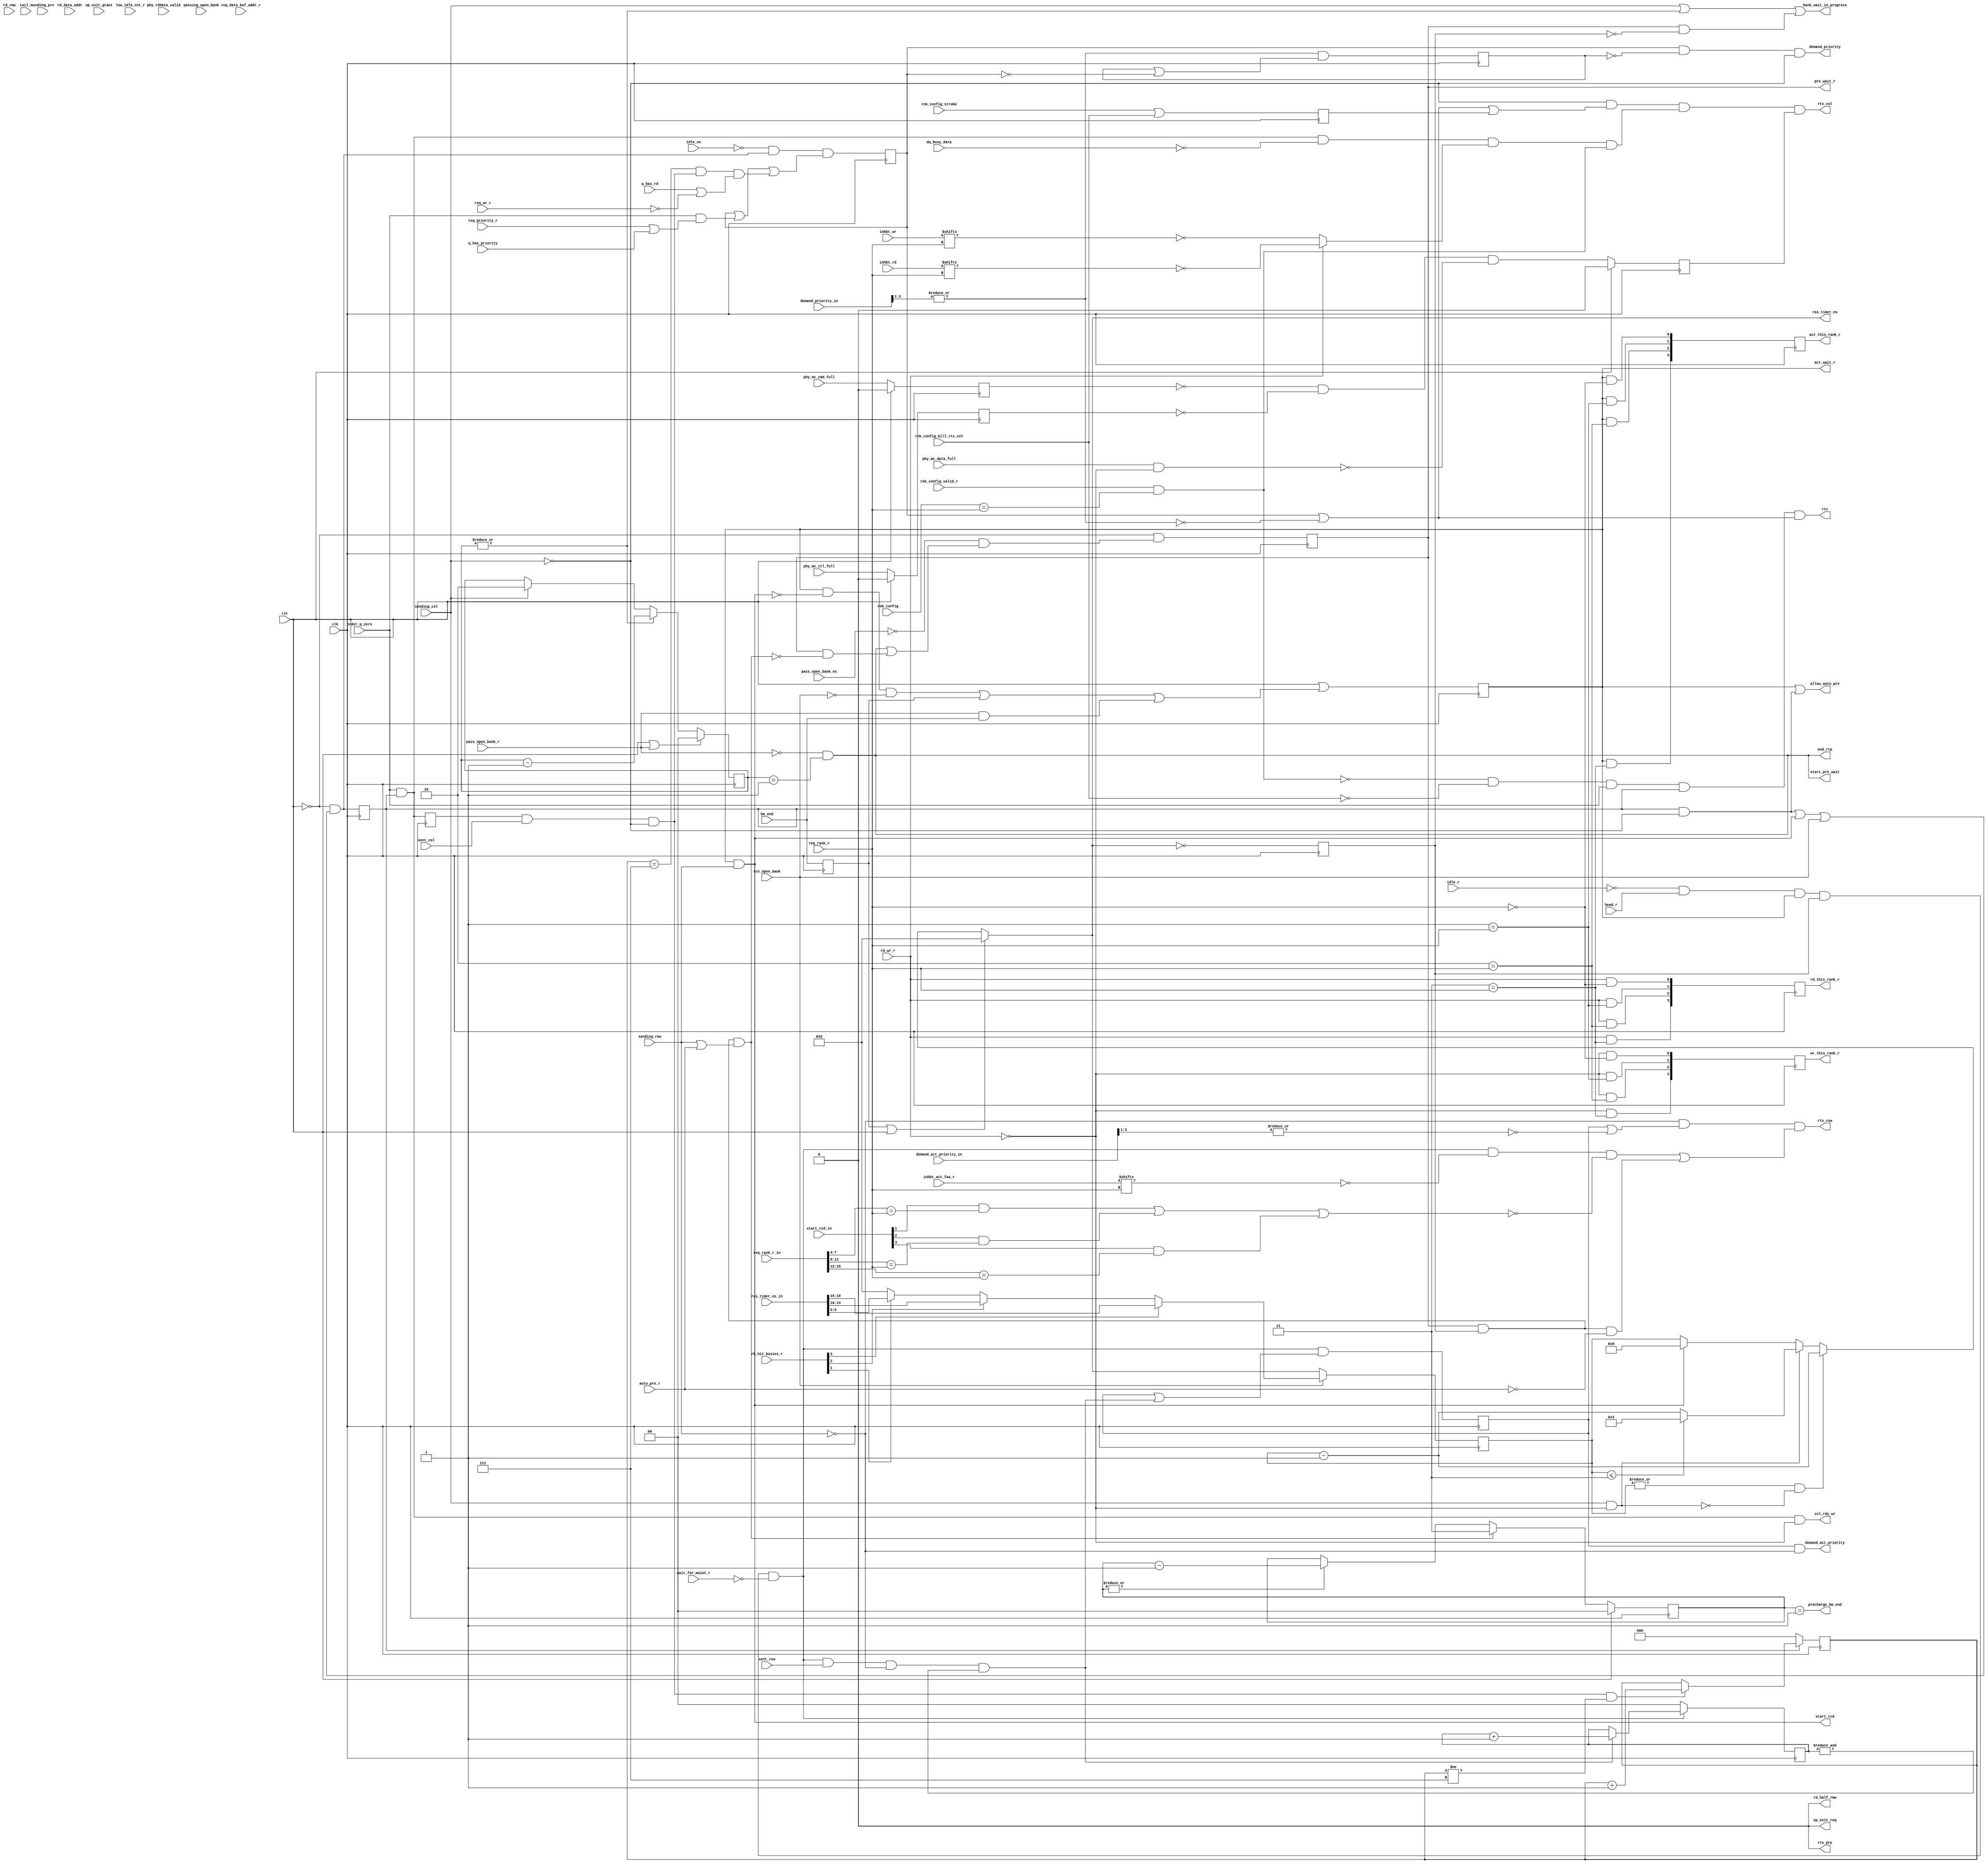
//*****************************************************************************
// (c) Copyright 2008 - 2013 Xilinx, Inc. All rights reserved.
//
// This file contains confidential and proprietary information
// of Xilinx, Inc. and is protected under U.S. and
// international copyright and other intellectual property
// laws.
//
// DISCLAIMER
// This disclaimer is not a license and does not grant any
// rights to the materials distributed herewith. Except as
// otherwise provided in a valid license issued to you by
// Xilinx, and to the maximum extent permitted by applicable
// law: (1) THESE MATERIALS ARE MADE AVAILABLE "AS IS" AND
// WITH ALL FAULTS, AND XILINX HEREBY DISCLAIMS ALL WARRANTIES
// AND CONDITIONS, EXPRESS, IMPLIED, OR STATUTORY, INCLUDING
// BUT NOT LIMITED TO WARRANTIES OF MERCHANTABILITY, NON-
// INFRINGEMENT, OR FITNESS FOR ANY PARTICULAR PURPOSE; and
// (2) Xilinx shall not be liable (whether in contract or tort,
// including negligence, or under any other theory of
// liability) for any loss or damage of any kind or nature
// related to, arising under or in connection with these
// materials, including for any direct, or any indirect,
// special, incidental, or consequential loss or damage
// (including loss of data, profits, goodwill, or any type of
// loss or damage suffered as a result of any action brought
// by a third party) even if such damage or loss was
// reasonably foreseeable or Xilinx had been advised of the
// possibility of the same.
//
// CRITICAL APPLICATIONS
// Xilinx products are not designed or intended to be fail-
// safe, or for use in any application requiring fail-safe
// performance, such as life-support or safety devices or
// systems, Class III medical devices, nuclear facilities,
// applications related to the deployment of airbags, or any
// other applications that could lead to death, personal
// injury, or severe property or environmental damage
// (individually and collectively, "Critical
// Applications"). Customer assumes the sole risk and
// liability of any use of Xilinx products in Critical
// Applications, subject only to applicable laws and
// regulations governing limitations on product liability.
//
// THIS COPYRIGHT NOTICE AND DISCLAIMER MUST BE RETAINED AS
// PART OF THIS FILE AT ALL TIMES.
//
//*****************************************************************************
//   ____  ____
//  /   /\/   /
// /___/  \  /    Vendor                : Xilinx
// \   \   \/     Version               : %version
//  \   \         Application           : MIG
//  /   /         Filename              : bank_state.v
// /___/   /\     Date Last Modified    : $date$
// \   \  /  \    Date Created          : Tue Jun 30 2009
//  \___\/\___\
//
//Device            : 7-Series
//Design Name       : DDR3 SDRAM
//Purpose           :
//Reference         :
//Revision History  :
//*****************************************************************************


// Primary bank state machine.  All bank specific timing is generated here.
//
// Conceptually, when a bank machine is assigned a request, conflicts are
// checked.  If there is a conflict, then the new request is added
// to the queue for that rank-bank.
//
// Eventually, that request will find itself at the head of the queue for
// its rank-bank.  Forthwith, the bank machine will begin arbitration to send an
// activate command to the DRAM.  Once arbitration is successful and the
// activate is sent, the row state machine waits the RCD delay.  The RAS
// counter is also started when the activate is sent.
//
// Upon completion of the RCD delay, the bank state machine will begin
// arbitration for sending out the column command.  Once the column
// command has been sent, the bank state machine waits the RTP latency, and
// if the command is a write, the RAS counter is loaded with the WR latency.
//
// When the RTP counter reaches zero, the pre charge wait state is entered.
// Once the RAS timer reaches zero, arbitration to send a precharge command
// begins.
//
// Upon successful transmission of the precharge command, the bank state
// machine waits the precharge period and then rejoins the idle list.
//
// For an open rank-bank hit, a bank machine passes management of the rank-bank to
// a bank machine that is managing the subsequent request to the same page.  A bank
// machine can either be a "passer" or a "passee" in this handoff.  There
// are two conditions that have to occur before an open bank can be passed.
// A spatial condition, ie same rank-bank and row address.  And a temporal condition,
// ie the passee has completed it work with the bank, but has not issued a precharge.
//
// The spatial condition is signalled by pass_open_bank_ns.  The temporal condition
// is when the column command is issued, or when the bank_wait_in_progress
// signal is true.  Bank_wait_in_progress is true when the RTP timer is not
// zero, or when the RAS/WR timer is not zero and the state machine is waiting
// to send out a precharge command.
//
// On an open bank pass, the passer transitions from the temporal condition
// noted above and performs the end of request processing and eventually lands
// in the act_wait_r state.
//
// On an open bank pass, the passee lands in the col_wait_r state and waits
// for its chance to send out a column command.
//
// Since there is a single data bus shared by all columns in all ranks, there
// is a single column machine.  The column machine is primarily in charge of
// managing the timing on the DQ data bus.  It reserves states for data transfer,
// driver turnaround states, and preambles.  It also has the ability to add
// additional programmable delay for read to write changeovers.  This read to write
// delay is generated in the column machine which inhibits writes via the
// inhbt_wr signal.
//
// There is a rank machine for every rank.  The rank machines are responsible
// for enforcing rank specific timing such as FAW, and WTR.  RRD is guaranteed
// in the bank machine since it is closely coupled to the operation of the
// bank machine and is timing critical.
//
// Since a bank machine can be working on a request for any rank, all rank machines
// inhibits are input to all bank machines.  Based on the rank of the current
// request, each bank machine selects the rank information corresponding
// to the rank of its current request.
//
// Since driver turnaround states and WTR delays are so severe with DDRIII, the
// memory interface has the ability to promote requests that use the same
// driver as the most recent request.  There is logic in this block that
// detects when the driver for its request is the same as the driver for
// the most recent request.  In such a case, this block will send out special
// "same" request early enough to eliminate dead states when there is no
// driver changeover.


`timescale 1ps/1ps
`define BM_SHARED_BV (ID+nBANK_MACHS-1):(ID+1)

module mig_7series_v4_2_bank_state #
  (
   parameter TCQ = 100,
   parameter ADDR_CMD_MODE            = "1T",
   parameter BM_CNT_WIDTH             = 2,
   parameter BURST_MODE               = "8",
   parameter CWL                      = 5,
   parameter DATA_BUF_ADDR_WIDTH      = 8,
   parameter DRAM_TYPE                = "DDR3",
   parameter ECC                      = "OFF",
   parameter ID                       = 0,
   parameter nBANK_MACHS              = 4,
   parameter nCK_PER_CLK              = 2,
   parameter nOP_WAIT                 = 0,
   parameter nRAS_CLKS                = 10,
   parameter nRP                      = 10,
   parameter nRTP                     = 4,
   parameter nRCD                     = 5,
   parameter nWTP_CLKS                = 5,
   parameter ORDERING                 = "NORM",
   parameter RANKS                    = 4,
   parameter RANK_WIDTH               = 4,
   parameter RAS_TIMER_WIDTH          = 5,
   parameter STARVE_LIMIT             = 2
  )
  (/*AUTOARG*/
  // Outputs
  start_rcd, act_wait_r, rd_half_rmw, ras_timer_ns, end_rtp,
  bank_wait_in_progress, start_pre_wait, op_exit_req, pre_wait_r,
  allow_auto_pre, precharge_bm_end, demand_act_priority, rts_row,
  act_this_rank_r, demand_priority, col_rdy_wr, rts_col, wr_this_rank_r,
  rd_this_rank_r, rts_pre, rtc,
  // Inputs
  clk, rst, bm_end, pass_open_bank_r, sending_row, sending_pre, rcv_open_bank,
  sending_col, rd_wr_r, req_wr_r, rd_data_addr, req_data_buf_addr_r,
  phy_rddata_valid, rd_rmw, ras_timer_ns_in, rb_hit_busies_r, idle_r,
  passing_open_bank, low_idle_cnt_r, op_exit_grant, tail_r,
  auto_pre_r, pass_open_bank_ns, req_rank_r, req_rank_r_in,
  start_rcd_in, inhbt_act_faw_r, wait_for_maint_r, head_r, sent_row,
  demand_act_priority_in, order_q_zero, sent_col, q_has_rd,
  q_has_priority, req_priority_r, idle_ns, demand_priority_in, inhbt_rd,
  inhbt_wr, dq_busy_data, rnk_config_strobe, rnk_config_valid_r, rnk_config,
  rnk_config_kill_rts_col, phy_mc_cmd_full, phy_mc_ctl_full, phy_mc_data_full
  );

  function integer clogb2 (input integer size); // ceiling logb2
    begin
      size = size - 1;
      for (clogb2=1; size>1; clogb2=clogb2+1)
            size = size >> 1;
    end
  endfunction // clogb2

  input clk;
  input rst;

// Activate wait state machine.
  input bm_end;
  reg bm_end_r1;
  always @(posedge clk) bm_end_r1 <= #TCQ bm_end;

  reg col_wait_r;

  input pass_open_bank_r;
  input sending_row;
  reg act_wait_r_lcl;
  input rcv_open_bank;
  wire start_rcd_lcl = act_wait_r_lcl && sending_row;
  output wire start_rcd;
  assign start_rcd = start_rcd_lcl;
  wire act_wait_ns = rst ||
                     ((act_wait_r_lcl && ~start_rcd_lcl && ~rcv_open_bank) ||
                      bm_end_r1 || (pass_open_bank_r && bm_end));
  always @(posedge clk) act_wait_r_lcl <= #TCQ act_wait_ns;
  output wire act_wait_r;
  assign act_wait_r = act_wait_r_lcl;

// RCD timer
//
// When CWL is even, CAS commands are issued on slot 0 and RAS commands are
// issued on slot 1. This implies that the RCD can never expire in the same
// cycle as the RAS (otherwise the CAS for a given transaction would precede
// the RAS). Similarly, this can also cause premature expiration for longer
// RCD. An offset must be added to RCD before translating it to the FPGA clock
// domain. In this mode, CAS are on the first DRAM clock cycle corresponding to
// a given FPGA cycle. In 2:1 mode add 2 to generate this offset aligned to
// the FPGA cycle. Likewise, add 4 to generate an aligned offset in 4:1 mode.
// 
// When CWL is odd, RAS commands are issued on slot 0 and CAS commands are
// issued on slot 1. There is a natural 1 cycle seperation between RAS and CAS
// in the DRAM clock domain so the RCD can expire in the same FPGA cycle as the
// RAS command. In 2:1 mode, there are only 2 slots so direct translation
// correctly places the CAS with respect to the corresponding RAS. In 4:1 mode,
// there are two slots after CAS, so 2 is added to shift the timer into the
// next FPGA cycle for cases that can't expire in the current cycle.
//
// In 2T mode, the offset from ROW to COL commands is fixed at 2. In 2:1 mode,
// It is sufficient to translate to the half-rate domain and add the remainder.
// In 4:1 mode, we must translate to the quarter-rate domain and add an
// additional fabric cycle only if the remainder exceeds the fixed offset of 2

  localparam nRCD_CLKS =
    nCK_PER_CLK == 1 ?
      nRCD :
    nCK_PER_CLK == 2 ?
      ADDR_CMD_MODE == "2T" ?
        (nRCD/2) + (nRCD%2) :
          CWL % 2 ?
            (nRCD/2) :
            (nRCD+2) / 2 :
//  (nCK_PER_CLK == 4)
      ADDR_CMD_MODE == "2T" ? 
        (nRCD/4) + (nRCD%4 > 2 ? 1 : 0) :
        CWL % 2 ?
          (nRCD-2 ? (nRCD-2) / 4 + 1 : 1) :
          nRCD/4 + 1;

  localparam nRCD_CLKS_M2 = (nRCD_CLKS-2 <0) ? 0 : nRCD_CLKS-2;
  localparam RCD_TIMER_WIDTH = clogb2(nRCD_CLKS_M2+1);
  localparam ZERO = 0;
  localparam ONE = 1;
  reg [RCD_TIMER_WIDTH-1:0] rcd_timer_r = {RCD_TIMER_WIDTH{1'b0}};
  reg end_rcd;
  reg rcd_active_r = 1'b0;

  generate
    if (nRCD_CLKS <= 2) begin : rcd_timer_leq_2
      always @(/*AS*/start_rcd_lcl) end_rcd = start_rcd_lcl;
    end
    else if (nRCD_CLKS > 2) begin : rcd_timer_gt_2
      reg [RCD_TIMER_WIDTH-1:0] rcd_timer_ns;
      always @(/*AS*/rcd_timer_r or rst or start_rcd_lcl) begin
        if (rst) rcd_timer_ns = ZERO[RCD_TIMER_WIDTH-1:0];
        else begin
          rcd_timer_ns = rcd_timer_r;
          if (start_rcd_lcl) rcd_timer_ns = nRCD_CLKS_M2[RCD_TIMER_WIDTH-1:0];
          else if (|rcd_timer_r) rcd_timer_ns =
                                   rcd_timer_r - ONE[RCD_TIMER_WIDTH-1:0];
        end
      end
      always @(posedge clk) rcd_timer_r <= #TCQ rcd_timer_ns;
      wire end_rcd_ns = (rcd_timer_ns == ONE[RCD_TIMER_WIDTH-1:0]);
      always @(posedge clk) end_rcd = end_rcd_ns;
      wire rcd_active_ns = |rcd_timer_ns;
      always @(posedge clk) rcd_active_r <= #TCQ rcd_active_ns;
    end
  endgenerate

// Figure out if the read that's completing is for an RMW for
// this bank machine.  Delay by a state if CWL != 8 since the
// data is not ready in the RMW buffer for the early write
// data fetch that happens with ECC and CWL != 8.
// Create a state bit indicating we're waiting for the read
// half of the rmw to complete.
  input sending_col;
  input rd_wr_r;
  input req_wr_r;
  input [DATA_BUF_ADDR_WIDTH-1:0] rd_data_addr;
  input [DATA_BUF_ADDR_WIDTH-1:0] req_data_buf_addr_r;
  input phy_rddata_valid;
  input rd_rmw;
  reg rmw_rd_done = 1'b0;
  reg rd_half_rmw_lcl = 1'b0;
  output wire rd_half_rmw;
  assign rd_half_rmw = rd_half_rmw_lcl;
  reg rmw_wait_r = 1'b0;
  generate
    if (ECC != "OFF") begin : rmw_on
// Delay phy_rddata_valid and rd_rmw by one cycle to align them
// to req_data_buf_addr_r so that rmw_wait_r clears properly
      reg phy_rddata_valid_r;
      reg rd_rmw_r;
      always @(posedge clk) begin
        phy_rddata_valid_r <= #TCQ phy_rddata_valid;
        rd_rmw_r <= #TCQ rd_rmw;
      end   
      wire my_rmw_rd_ns = phy_rddata_valid_r && rd_rmw_r && 
                            (rd_data_addr == req_data_buf_addr_r); 
      if (CWL == 8) always @(my_rmw_rd_ns) rmw_rd_done = my_rmw_rd_ns;
      else always @(posedge clk) rmw_rd_done = #TCQ my_rmw_rd_ns;
      always @(/*AS*/rd_wr_r or req_wr_r) rd_half_rmw_lcl = req_wr_r && rd_wr_r;
      wire rmw_wait_ns = ~rst && 
             ((rmw_wait_r && ~rmw_rd_done) || (rd_half_rmw_lcl && sending_col));
      always @(posedge clk) rmw_wait_r <= #TCQ rmw_wait_ns;
    end
  endgenerate

// column wait state machine.
  wire col_wait_ns = ~rst && ((col_wait_r && ~sending_col) || end_rcd
                            || rcv_open_bank || (rmw_rd_done && rmw_wait_r));
  always @(posedge clk) col_wait_r <= #TCQ col_wait_ns;

// Set up various RAS timer parameters, wires, etc.

  localparam TWO = 2;
  output reg [RAS_TIMER_WIDTH-1:0] ras_timer_ns;
  reg [RAS_TIMER_WIDTH-1:0] ras_timer_r;
  input [(2*(RAS_TIMER_WIDTH*nBANK_MACHS))-1:0] ras_timer_ns_in;
  input [(nBANK_MACHS*2)-1:0] rb_hit_busies_r;

// On a bank pass, select the RAS timer from the passing bank machine.
  reg [RAS_TIMER_WIDTH-1:0] passed_ras_timer;
  integer i;
  always @(/*AS*/ras_timer_ns_in or rb_hit_busies_r) begin
    passed_ras_timer = {RAS_TIMER_WIDTH{1'b0}};
    for (i=ID+1; i<(ID+nBANK_MACHS); i=i+1)
      if (rb_hit_busies_r[i])
        passed_ras_timer = ras_timer_ns_in[i*RAS_TIMER_WIDTH+:RAS_TIMER_WIDTH];
  end

// RAS and (reused for) WTP timer.  When an open bank is passed, this
// timer is passed to the new owner.  The existing RAS prevents
// an activate from occuring too early.


  wire start_wtp_timer = sending_col && ~rd_wr_r;
  input idle_r;

  always @(/*AS*/bm_end_r1 or ras_timer_r or rst or start_rcd_lcl
           or start_wtp_timer) begin
    if (bm_end_r1 || rst) ras_timer_ns = ZERO[RAS_TIMER_WIDTH-1:0];
    else begin
      ras_timer_ns = ras_timer_r;
      if (start_rcd_lcl) ras_timer_ns =
           nRAS_CLKS[RAS_TIMER_WIDTH-1:0] - TWO[RAS_TIMER_WIDTH-1:0];
      if (start_wtp_timer) ras_timer_ns =
            // As the timer is being reused, it is essential to compare
            // before new value is loaded.
           (ras_timer_r <= (nWTP_CLKS-2)) ? nWTP_CLKS[RAS_TIMER_WIDTH-1:0] - TWO[RAS_TIMER_WIDTH-1:0]
                                          : ras_timer_r - ONE[RAS_TIMER_WIDTH-1:0];
      if (|ras_timer_r && ~start_wtp_timer) ras_timer_ns =
           ras_timer_r - ONE[RAS_TIMER_WIDTH-1:0];
    end
  end // always @ (...

  wire [RAS_TIMER_WIDTH-1:0] ras_timer_passed_ns = rcv_open_bank
                                                     ? passed_ras_timer
                                                     : ras_timer_ns;
  always @(posedge clk) ras_timer_r <= #TCQ ras_timer_passed_ns;

  wire ras_timer_zero_ns = (ras_timer_ns == ZERO[RAS_TIMER_WIDTH-1:0]);
  reg ras_timer_zero_r;
  always @(posedge clk) ras_timer_zero_r <= #TCQ ras_timer_zero_ns;

// RTP timer. Unless 2T mode, add one for 2:1 mode. This accounts for loss of
// one DRAM CK due to column command to row command fixed offset. In 2T mode,
// Add the remainder. In 4:1 mode, the fixed offset is -2. Add 2 unless in 2T
// mode, in which case we add 1 if the remainder exceeds the fixed offset.
  localparam nRTP_CLKS = (nCK_PER_CLK == 1)
                            ? nRTP :
                         (nCK_PER_CLK == 2)
                            ? (nRTP/2) + ((ADDR_CMD_MODE == "2T") ? nRTP%2 : 1) :
                              (nRTP/4) + ((ADDR_CMD_MODE == "2T") ? (nRTP%4 > 2 ? 2 : 1) : 2);
  localparam nRTP_CLKS_M1 = ((nRTP_CLKS-1) <= 0) ? 0 : nRTP_CLKS-1;
  localparam RTP_TIMER_WIDTH = clogb2(nRTP_CLKS_M1 + 1);
  reg [RTP_TIMER_WIDTH-1:0] rtp_timer_ns;
  reg [RTP_TIMER_WIDTH-1:0] rtp_timer_r;
  wire sending_col_not_rmw_rd = sending_col && ~rd_half_rmw_lcl;
  always @(/*AS*/pass_open_bank_r or rst or rtp_timer_r
           or sending_col_not_rmw_rd) begin
    rtp_timer_ns = rtp_timer_r;
    if (rst || pass_open_bank_r)
      rtp_timer_ns = ZERO[RTP_TIMER_WIDTH-1:0];
    else begin
      if (sending_col_not_rmw_rd) 
         rtp_timer_ns = nRTP_CLKS_M1[RTP_TIMER_WIDTH-1:0];
      if (|rtp_timer_r) rtp_timer_ns = rtp_timer_r - ONE[RTP_TIMER_WIDTH-1:0];
    end
  end
  always @(posedge clk) rtp_timer_r <= #TCQ rtp_timer_ns;

  wire end_rtp_lcl =   ~pass_open_bank_r &&
                       ((rtp_timer_r == ONE[RTP_TIMER_WIDTH-1:0]) ||
                       ((nRTP_CLKS_M1 == 0) && sending_col_not_rmw_rd));
  output wire end_rtp;
  assign end_rtp = end_rtp_lcl;

// Optionally implement open page mode timer.
  localparam OP_WIDTH = clogb2(nOP_WAIT + 1);
  output wire bank_wait_in_progress;
  output wire start_pre_wait;
  input passing_open_bank;
  input low_idle_cnt_r;
  output wire op_exit_req;
  input op_exit_grant;
  input tail_r;
  output reg pre_wait_r;

  generate
    if (nOP_WAIT == 0) begin : op_mode_disabled
      assign bank_wait_in_progress = sending_col_not_rmw_rd || |rtp_timer_r ||
                                     (pre_wait_r && ~ras_timer_zero_r);
      assign start_pre_wait = end_rtp_lcl;
      assign op_exit_req = 1'b0;
    end
    else begin : op_mode_enabled
      reg op_wait_r;
      assign bank_wait_in_progress = sending_col || |rtp_timer_r ||
                                     (pre_wait_r && ~ras_timer_zero_r) ||
                                     op_wait_r;
      wire op_active = ~rst && ~passing_open_bank && ((end_rtp_lcl && tail_r)
                                || op_wait_r);
      wire op_wait_ns = ~op_exit_grant && op_active;
      always @(posedge clk) op_wait_r <= #TCQ op_wait_ns;
      assign start_pre_wait = op_exit_grant ||
                              (end_rtp_lcl && ~tail_r && ~passing_open_bank);
      if (nOP_WAIT == -1)
        assign op_exit_req = (low_idle_cnt_r && op_active);
      else begin : op_cnt
        reg [OP_WIDTH-1:0] op_cnt_r;
        wire [OP_WIDTH-1:0] op_cnt_ns =
                                   (passing_open_bank || op_exit_grant || rst)
                                       ? ZERO[OP_WIDTH-1:0]
                                       : end_rtp_lcl
                                         ? nOP_WAIT[OP_WIDTH-1:0]
                                         : |op_cnt_r
                                            ? op_cnt_r - ONE[OP_WIDTH-1:0]
                                            : op_cnt_r;
        always @(posedge clk) op_cnt_r <= #TCQ op_cnt_ns;
        assign op_exit_req = (low_idle_cnt_r && op_active) ||
                             (op_wait_r && ~|op_cnt_r);
      end
    end
  endgenerate

  output allow_auto_pre;
  wire allow_auto_pre = act_wait_r_lcl || rcd_active_r ||
                        (col_wait_r && ~sending_col);

// precharge wait state machine.
  input auto_pre_r;
  wire start_pre;
  input pass_open_bank_ns;
  wire pre_wait_ns = ~rst && (~pass_open_bank_ns &&
                     (start_pre_wait || (pre_wait_r && ~start_pre)));
  always @(posedge clk) pre_wait_r <= #TCQ pre_wait_ns;
  wire pre_request = pre_wait_r && ras_timer_zero_r && ~auto_pre_r;

// precharge timer.
  localparam nRP_CLKS = (nCK_PER_CLK == 1) ? nRP : 
                        (nCK_PER_CLK == 2) ? ((nRP/2) + (nRP%2)) : 
                      /*(nCK_PER_CLK == 4)*/ ((nRP/4) + ((nRP%4) ? 1 : 0));

// Subtract two because there are a minimum of two fabric states from
// end of RP timer until earliest possible arb to send act.
  localparam nRP_CLKS_M2 = (nRP_CLKS-2 < 0) ? 0 : nRP_CLKS-2;
  localparam RP_TIMER_WIDTH = clogb2(nRP_CLKS_M2 + 1);
  
  input sending_pre;
  output rts_pre;
  
  generate
  
    if((nCK_PER_CLK == 4) && (ADDR_CMD_MODE != "2T")) begin
    
      assign start_pre =  pre_wait_r && ras_timer_zero_r &&
                          (sending_pre || auto_pre_r);
      
      assign rts_pre = ~sending_pre && pre_request;
    
    end
    
    else begin
    
      assign start_pre =  pre_wait_r && ras_timer_zero_r &&
                          (sending_row || auto_pre_r);
                          
      assign rts_pre = 1'b0;
      
    end

  endgenerate

  reg [RP_TIMER_WIDTH-1:0] rp_timer_r = ZERO[RP_TIMER_WIDTH-1:0];

  generate
    if (nRP_CLKS_M2 > ZERO) begin : rp_timer
      reg [RP_TIMER_WIDTH-1:0] rp_timer_ns;
      always @(/*AS*/rp_timer_r or rst or start_pre)
        if (rst) rp_timer_ns = ZERO[RP_TIMER_WIDTH-1:0];
        else begin
          rp_timer_ns = rp_timer_r;
          if (start_pre) rp_timer_ns = nRP_CLKS_M2[RP_TIMER_WIDTH-1:0];
          else if (|rp_timer_r) rp_timer_ns =
                                  rp_timer_r - ONE[RP_TIMER_WIDTH-1:0];
        end
      always @(posedge clk) rp_timer_r <= #TCQ rp_timer_ns;
    end // block: rp_timer
  endgenerate

  output wire precharge_bm_end;
  assign precharge_bm_end = (rp_timer_r == ONE[RP_TIMER_WIDTH-1:0]) ||
                            (start_pre && (nRP_CLKS_M2 == ZERO));

// Compute RRD related activate inhibit.
// Compare this bank machine's rank with others, then
// select result based on grant.  An alternative is to
// select the just issued rank with the grant and simply
// compare against this bank machine's rank.  However, this
// serializes the selection of the rank and the compare processes.
// As implemented below, the compare occurs first, then the
// selection based on grant.  This is faster.

  input [RANK_WIDTH-1:0] req_rank_r;
  input [(RANK_WIDTH*nBANK_MACHS*2)-1:0] req_rank_r_in;

  reg inhbt_act_rrd;
  input [(nBANK_MACHS*2)-1:0] start_rcd_in;

  generate
    integer j;
    if (RANKS == 1)
      always @(/*AS*/req_rank_r or req_rank_r_in or start_rcd_in) begin
        inhbt_act_rrd = 1'b0;
        for (j=(ID+1); j<(ID+nBANK_MACHS); j=j+1)
          inhbt_act_rrd = inhbt_act_rrd || start_rcd_in[j];
      end
    else begin
      always @(/*AS*/req_rank_r or req_rank_r_in or start_rcd_in) begin
        inhbt_act_rrd = 1'b0;
        for (j=(ID+1); j<(ID+nBANK_MACHS); j=j+1)
          inhbt_act_rrd = inhbt_act_rrd ||
             (start_rcd_in[j] &&
              (req_rank_r_in[(j*RANK_WIDTH)+:RANK_WIDTH] == req_rank_r));
      end
    end

  endgenerate

// Extract the activate command inhibit for the rank associated
// with this request.  FAW and RRD are computed separately so that
// gate level timing can be carefully managed.
  input [RANKS-1:0] inhbt_act_faw_r;
  wire my_inhbt_act_faw = inhbt_act_faw_r[req_rank_r];

  input wait_for_maint_r;
  input head_r;
  wire act_req = ~idle_r && head_r && act_wait_r && ras_timer_zero_r &&
                 ~wait_for_maint_r;

// Implement simple starvation avoidance for act requests.  Precharge
// requests don't need this because they are never gated off by
// timing events such as inhbt_act_rrd.  Priority request timeout
// is fixed at a single trip around the round robin arbiter.

  input sent_row;
  wire rts_act_denied = act_req && sent_row && ~sending_row;

  reg [BM_CNT_WIDTH-1:0] act_starve_limit_cntr_ns;
  reg [BM_CNT_WIDTH-1:0] act_starve_limit_cntr_r;

  generate
    if (BM_CNT_WIDTH > 1) // Number of Bank Machs > 2
    begin :BM_MORE_THAN_2 
       always @(/*AS*/act_req or act_starve_limit_cntr_r or rts_act_denied)
         begin
           act_starve_limit_cntr_ns = act_starve_limit_cntr_r;
           if (~act_req)
             act_starve_limit_cntr_ns = {BM_CNT_WIDTH{1'b0}};
           else
             if (rts_act_denied && &act_starve_limit_cntr_r)
               act_starve_limit_cntr_ns = act_starve_limit_cntr_r +
                                          {{BM_CNT_WIDTH-1{1'b0}}, 1'b1};
         end
    end 
    else // Number of Bank Machs == 2
    begin :BM_EQUAL_2 
       always @(/*AS*/act_req or act_starve_limit_cntr_r or rts_act_denied)
         begin
           act_starve_limit_cntr_ns = act_starve_limit_cntr_r;
           if (~act_req)
             act_starve_limit_cntr_ns = {BM_CNT_WIDTH{1'b0}};
           else
             if (rts_act_denied && &act_starve_limit_cntr_r)
               act_starve_limit_cntr_ns = act_starve_limit_cntr_r +
                                          {1'b1};
         end
    end 
  endgenerate

  always @(posedge clk) act_starve_limit_cntr_r <=
                        #TCQ act_starve_limit_cntr_ns;

  reg demand_act_priority_r;
  wire demand_act_priority_ns = act_req &&
      (demand_act_priority_r || (rts_act_denied && &act_starve_limit_cntr_r));
  always @(posedge clk) demand_act_priority_r <= #TCQ demand_act_priority_ns;

`ifdef MC_SVA
  cover_demand_act_priority:
    cover property (@(posedge clk) (~rst && demand_act_priority_r));
`endif

  output wire demand_act_priority;
  assign demand_act_priority = demand_act_priority_r && ~sending_row;

// compute act_demanded from other demand_act_priorities
  input [(nBANK_MACHS*2)-1:0] demand_act_priority_in;
  reg act_demanded = 1'b0;
  generate
    if (nBANK_MACHS > 1) begin : compute_act_demanded
      always @(demand_act_priority_in[`BM_SHARED_BV])
           act_demanded = |demand_act_priority_in[`BM_SHARED_BV];
    end
  endgenerate

  wire row_demand_ok = demand_act_priority_r || ~act_demanded;

// Generate the Request To Send row arbitation signal.
  output wire rts_row;

  generate

    if((nCK_PER_CLK == 4) && (ADDR_CMD_MODE != "2T"))
      assign rts_row = ~sending_row && row_demand_ok &&
                      (act_req && ~my_inhbt_act_faw && ~inhbt_act_rrd);
    else
      assign rts_row = ~sending_row && row_demand_ok &&
                      ((act_req && ~my_inhbt_act_faw && ~inhbt_act_rrd) ||
                        pre_request);
  endgenerate
  
`ifdef MC_SVA
  four_activate_window_wait:
    cover property (@(posedge clk)
      (~rst && ~sending_row && act_req &&  my_inhbt_act_faw));
  ras_ras_delay_wait:
    cover property (@(posedge clk)
      (~rst && ~sending_row && act_req && inhbt_act_rrd));
`endif

// Provide rank machines early knowledge that this bank machine is
// going to send an activate to the rank.  In this way, the rank
// machines just need to use the sending_row wire to figure out if
// they need to keep track of the activate.
  output reg [RANKS-1:0] act_this_rank_r;
  reg [RANKS-1:0] act_this_rank_ns;
  always @(/*AS*/act_wait_r or req_rank_r) begin
    act_this_rank_ns = {RANKS{1'b0}};
    for (i = 0; i < RANKS; i = i + 1)
      act_this_rank_ns[i] = act_wait_r && (i[RANK_WIDTH-1:0] == req_rank_r);
  end
  always @(posedge clk) act_this_rank_r <= #TCQ act_this_rank_ns;


// Generate request to send column command signal.

  input order_q_zero;
  wire req_bank_rdy_ns = order_q_zero && col_wait_r;
  reg req_bank_rdy_r;
  always @(posedge clk) req_bank_rdy_r <= #TCQ req_bank_rdy_ns;

// Determine is we have been denied a column command request.
  input sent_col;
  wire rts_col_denied = req_bank_rdy_r && sent_col && ~sending_col;

// Implement a starvation limit counter.  Count the number of times a
// request to send a column command has been denied.
  localparam STARVE_LIMIT_CNT      = STARVE_LIMIT * nBANK_MACHS;
  localparam STARVE_LIMIT_WIDTH    = clogb2(STARVE_LIMIT_CNT);
  reg [STARVE_LIMIT_WIDTH-1:0] starve_limit_cntr_r;
  reg [STARVE_LIMIT_WIDTH-1:0] starve_limit_cntr_ns;
  always @(/*AS*/col_wait_r or rts_col_denied or starve_limit_cntr_r)
   if (~col_wait_r)
     starve_limit_cntr_ns = {STARVE_LIMIT_WIDTH{1'b0}};
   else
     if (rts_col_denied && (starve_limit_cntr_r != STARVE_LIMIT_CNT-1))
       starve_limit_cntr_ns = starve_limit_cntr_r +
                              {{STARVE_LIMIT_WIDTH-1{1'b0}}, 1'b1};
     else starve_limit_cntr_ns = starve_limit_cntr_r;
  always @(posedge clk) starve_limit_cntr_r <= #TCQ starve_limit_cntr_ns;

  input q_has_rd;
  input q_has_priority;

// Decide if this bank machine should demand priority.  Priority is demanded
//  when starvation limit counter is reached, or a bit in the request.
  wire starved = ((starve_limit_cntr_r == (STARVE_LIMIT_CNT-1)) &&
                 rts_col_denied);
  input req_priority_r;
  input idle_ns;
  reg demand_priority_r;
  wire demand_priority_ns = ~idle_ns && col_wait_ns &&
                              (demand_priority_r ||
                              (order_q_zero &&
                               (req_priority_r || q_has_priority)) ||
                               (starved && (q_has_rd || ~req_wr_r)));

  always @(posedge clk) demand_priority_r <= #TCQ demand_priority_ns;

`ifdef MC_SVA
  wire rdy_for_priority = ~rst && ~demand_priority_r && ~idle_ns &&
                          col_wait_ns;
  req_triggers_demand_priority:
    cover property (@(posedge clk)
       (rdy_for_priority && req_priority_r && ~q_has_priority && ~starved));
  q_priority_triggers_demand_priority:
    cover property (@(posedge clk)
       (rdy_for_priority && ~req_priority_r && q_has_priority && ~starved));
  wire not_req_or_q_rdy_for_priority =
        rdy_for_priority && ~req_priority_r && ~q_has_priority;
  starved_req_triggers_demand_priority:
    cover property (@(posedge clk)
       (not_req_or_q_rdy_for_priority && starved && ~q_has_rd && ~req_wr_r));
  starved_q_triggers_demand_priority:
    cover property (@(posedge clk)
       (not_req_or_q_rdy_for_priority && starved && q_has_rd && req_wr_r));
`endif

// compute demanded from other demand_priorities
  input [(nBANK_MACHS*2)-1:0] demand_priority_in;
  reg demanded = 1'b0;
  generate
    if (nBANK_MACHS > 1) begin : compute_demanded
      always @(demand_priority_in[`BM_SHARED_BV]) demanded =
                                    |demand_priority_in[`BM_SHARED_BV];
    end
  endgenerate


// In order to make sure that there is no starvation amongst a possibly
// unlimited stream of priority requests, add a second stage to the demand
// priority signal.  If there are no other requests demanding priority, then
// go ahead and assert demand_priority.  If any other requests are asserting
// demand_priority, hold off asserting demand_priority until these clear, then
// assert demand priority.  Its possible to get multiple requests asserting
// demand priority simultaneously, but that's OK.  Those requests will be
// serviced, demanded will fall, and another group of requests will be
// allowed to assert demand_priority.

  reg demanded_prior_r;
  wire demanded_prior_ns = demanded &&
                          (demanded_prior_r || ~demand_priority_r);
  always @(posedge clk) demanded_prior_r <= #TCQ demanded_prior_ns;

  output wire demand_priority;
  assign demand_priority = demand_priority_r && ~demanded_prior_r &&
                           ~sending_col;

`ifdef MC_SVA
  demand_priority_gated:
    cover property (@(posedge clk) (demand_priority_r && ~demand_priority));
  generate
    if (nBANK_MACHS >1) multiple_demand_priority:
         cover property (@(posedge clk)
           ($countones(demand_priority_in[`BM_SHARED_BV]) > 1));
  endgenerate
`endif

  wire demand_ok = demand_priority_r || ~demanded;
  
  // Figure out if the request in this bank machine matches the current rank
  // configuration.
  input rnk_config_strobe;
  input rnk_config_kill_rts_col;
  input rnk_config_valid_r;
  input [RANK_WIDTH-1:0] rnk_config;
  output wire rtc;

  wire rnk_config_match = rnk_config_valid_r && (rnk_config == req_rank_r);
  assign rtc = ~rnk_config_match && ~rnk_config_kill_rts_col && order_q_zero && col_wait_r && demand_ok;

// Using rank state provided by the rank machines, figure out if
// a read requests should wait for WTR or RTW.
  input [RANKS-1:0] inhbt_rd;
  wire my_inhbt_rd = inhbt_rd[req_rank_r];
  input [RANKS-1:0] inhbt_wr;
  wire my_inhbt_wr = inhbt_wr[req_rank_r];
  wire allow_rw = ~rd_wr_r ? ~my_inhbt_wr : ~my_inhbt_rd;

// DQ bus timing constraints.
  input dq_busy_data;

// Column command is ready to arbitrate, except for databus restrictions.
  wire col_rdy = (col_wait_r || ((nRCD_CLKS <= 1) && end_rcd) ||
               (rcv_open_bank && nCK_PER_CLK == 2 && DRAM_TYPE=="DDR2" && BURST_MODE == "4") || 
               (rcv_open_bank && nCK_PER_CLK == 4 && BURST_MODE == "8")) &&
                order_q_zero;

// Column command is ready to arbitrate for sending a write.  Used
// to generate early wr_data_addr for ECC mode.
  output wire col_rdy_wr;
  assign col_rdy_wr = col_rdy && ~rd_wr_r;
  
// Figure out if we're ready to send a column command based on all timing
// constraints.
// if timing is an issue.
  wire col_cmd_rts = col_rdy && ~dq_busy_data && allow_rw && rnk_config_match;

`ifdef MC_SVA
  col_wait_for_order_q: cover property
    (@(posedge clk)
        (~rst && col_wait_r && ~order_q_zero && ~dq_busy_data &&
         allow_rw));
  col_wait_for_dq_busy: cover property
    (@(posedge clk)
        (~rst && col_wait_r && order_q_zero && dq_busy_data &&
         allow_rw));
  col_wait_for_allow_rw: cover property
    (@(posedge clk)
        (~rst && col_wait_r && order_q_zero && ~dq_busy_data &&
         ~allow_rw));
`endif

// Implement flow control for the command and control FIFOs and for the data
// FIFO during writes
  input phy_mc_ctl_full;
  input phy_mc_cmd_full;
  input phy_mc_data_full;

  // Register ctl_full and cmd_full
  reg phy_mc_ctl_full_r = 1'b0;
  reg phy_mc_cmd_full_r = 1'b0;
  always @(posedge clk)
    if(rst) begin
      phy_mc_ctl_full_r <= #TCQ 1'b0;
      phy_mc_cmd_full_r <= #TCQ 1'b0;
    end else begin
      phy_mc_ctl_full_r <= #TCQ phy_mc_ctl_full;
      phy_mc_cmd_full_r <= #TCQ phy_mc_cmd_full;
    end
  
  // register output data pre-fifo almost full condition and fold in WR status
  reg ofs_rdy_r = 1'b0;
  always @(posedge clk)
    if(rst)
      ofs_rdy_r <= #TCQ 1'b0;
    else
      ofs_rdy_r <= #TCQ ~phy_mc_cmd_full_r && ~phy_mc_ctl_full_r && ~(phy_mc_data_full && ~rd_wr_r);

// Disable priority feature for one state after a config to insure
// forward progress on the just installed io config.
  reg override_demand_r;
  wire override_demand_ns = rnk_config_strobe || rnk_config_kill_rts_col;
  always @(posedge clk) override_demand_r <= override_demand_ns;
  output wire rts_col;
  assign rts_col = ~sending_col && (demand_ok || override_demand_r) &&
                   col_cmd_rts && ofs_rdy_r;

// As in act_this_rank, wr/rd_this_rank informs rank machines
// that this bank machine is doing a write/rd.  Removes logic
// after the grant.
  reg [RANKS-1:0] wr_this_rank_ns;
  reg [RANKS-1:0] rd_this_rank_ns;
  always @(/*AS*/rd_wr_r or req_rank_r) begin
    wr_this_rank_ns = {RANKS{1'b0}};
    rd_this_rank_ns = {RANKS{1'b0}};
    for (i=0; i<RANKS; i=i+1) begin
      wr_this_rank_ns[i] = ~rd_wr_r && (i[RANK_WIDTH-1:0] == req_rank_r);
      rd_this_rank_ns[i] = rd_wr_r && (i[RANK_WIDTH-1:0] == req_rank_r);
    end
  end
  output reg [RANKS-1:0] wr_this_rank_r;
  always @(posedge clk) wr_this_rank_r <= #TCQ wr_this_rank_ns;
  output reg [RANKS-1:0] rd_this_rank_r;
  always @(posedge clk) rd_this_rank_r <= #TCQ rd_this_rank_ns;
                                   
endmodule // bank_state